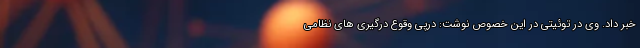
خبر داد. وی در توئیتی در این خصوص نوشت: درپی وقوع درگیری های نظامی